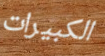
الكبيرات